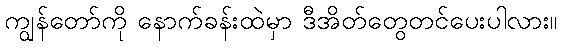
ကျွန်တော်ကို နောက်ခန်းထဲမှာ ဒီအိတ်တွေတင်ပေးပါလား။